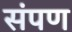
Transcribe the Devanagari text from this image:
संपण